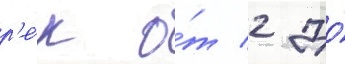
р'е́к о́т 2 до́